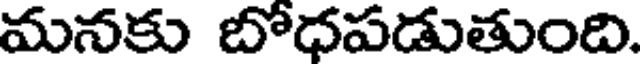
మనకు బోధపడుతుంది.